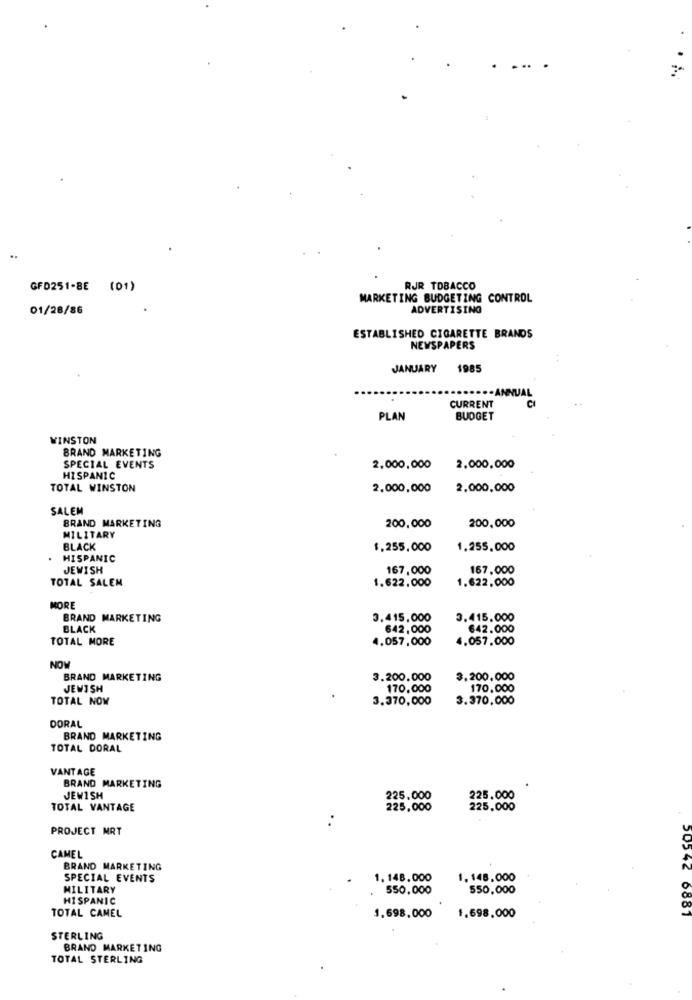
. ..
GF0251-8E (01)
RJR TOBACCO
MARKETING BUDGETING CONTROL
01/28/86
ADVERTISING
ESTABLISHED CIGARETTE BRANDS
NEWSPAPERS
JANUARY 1985
CURRENT
PLAN
BUDGET
WINSTON
BRAND MARKETING
SPECIAL EVENTS
2,000,000
2.000,000
HISPANIC
TOTAL WINSTON
2.000,000
2,000,000
SALEM
BRAND MARKETING
200.000
200,000
MILITARY
BLACK
1.255,000
1,255,000
HISPANIC
JEWISH
167,000
167.000
TOTAL SALEM
1.622,000
1.622.000
MORE
BRAND MARKETING
3.415,000
3.415.000
BLACK
642,000
642.000
TOTAL MORE
4.057,000
4.057.000
NOW
BRAND MARKETING
3.200.000
3.200.000
JEWISH
170.000
170.000
TOTAL NOW
3.370,000
3.370,000
DORAL
BRAND MARKETING
TOTAL DORAL
VANTAGE
BRAND MARKETING
JEWISH
225.000
225.000
TOTAL VANTAGE
225,000
225.000
..
PROJECT MRT
CAMEL
BRAND MARKETING
SPECIAL EVENTS
1. 148.000
1.148.000
MILITARY
550,000
550,000
HISPANIC
50542 6887
TOTAL CAMEL
1.698,000
1.698,000
STERLING
BRAND MARKETING
TOTAL STERLING